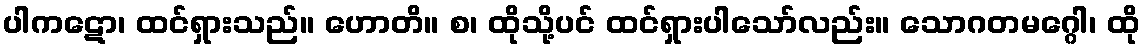
ပါကဋော၊ ထင်ရှားသည်။ ဟောတိ။ စ၊ ထိုသို့ပင် ထင်ရှားပါသော်လည်း။ သောဂတမဂ္ဂေါ၊ ထို